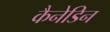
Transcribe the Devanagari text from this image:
कैनेडिन